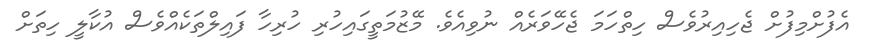
އެފުށްމިފުށް ޖެހިއިރުވެސް ހިތްހަމަ ޖެހޭވަރެއް ނުވިއެވެ. މޭޒުމަތީގައިހުރި ހުރިހާ ފައިލްތަކެއްވެސް އުކާލީ ހިތަށް